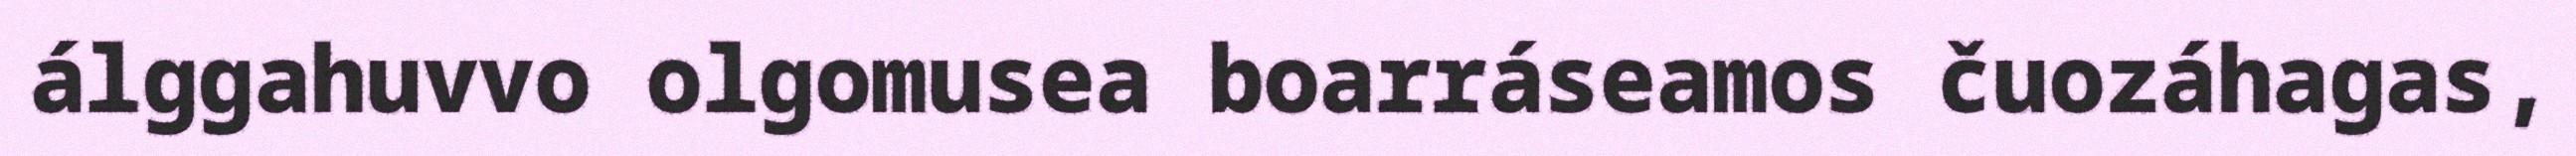
álggahuvvo olgomusea boarráseamos čuozáhagas,